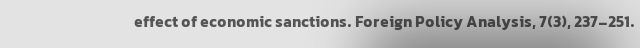
effect of economic sanctions. Foreign Policy Analysis, 7(3), 237-251.